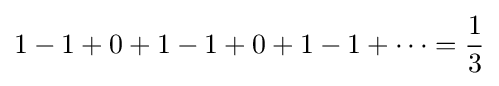
1-1+0+1-1+0+1-1+\dots ={\frac {1}{3}}